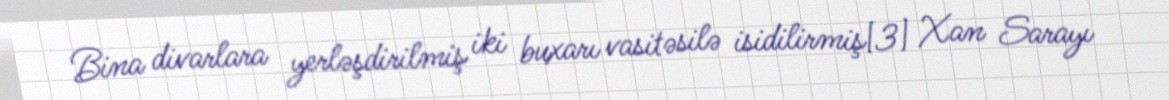
Bina divarlara yerləşdirilmiş iki buxarı vasitəsilə isidilirmiş[3] Xan Sarayı